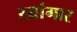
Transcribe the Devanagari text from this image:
स्य़ांगार